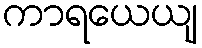
ကာရယေယျ